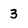
Character: 3